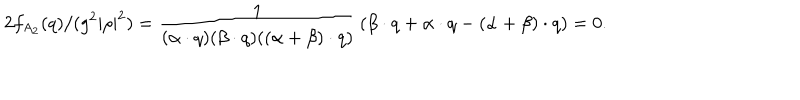
2 f _ { A _ { 2 } } ( q ) / ( g ^ { 2 } | \rho | ^ { 2 } ) = { \frac { 1 } { ( \alpha \cdot q ) ( \beta \cdot q ) ( ( \alpha + \beta ) \cdot q ) } } \left( \beta \cdot q + \alpha \cdot q - ( \alpha + \beta ) \cdot q \right) = 0 .